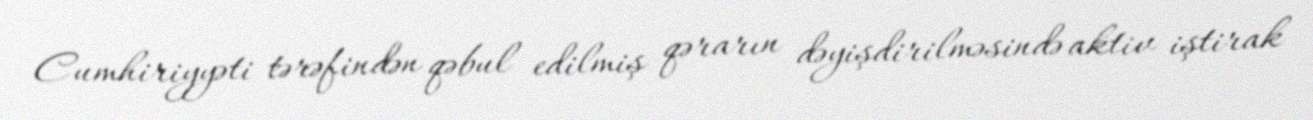
Cumhiriyyəti tərəfindən qəbul edilmiş qərarın dəyişdirilməsində aktiv iştirak